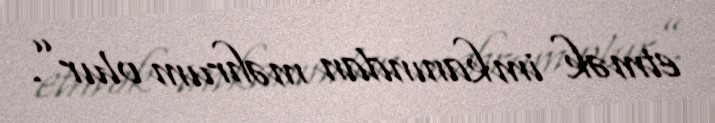
etmək imkanından məhrum olur”.